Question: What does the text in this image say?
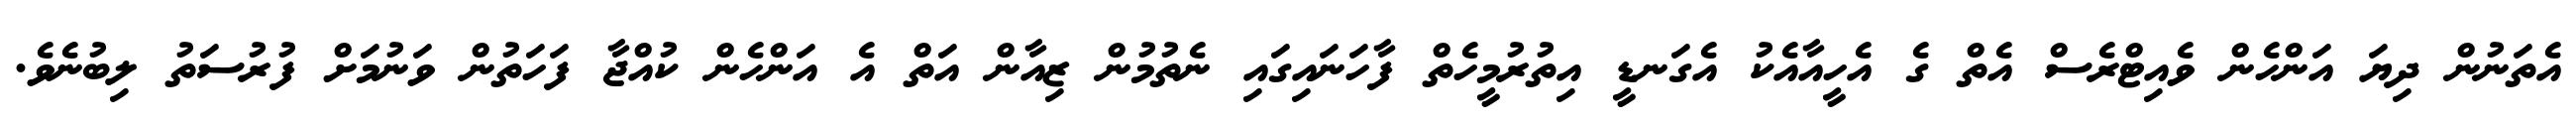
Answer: އެތަނުން ދިޔަ އަންހެން ވެއިޓްރެސް އެތް ގެ އެހީއާއެކު އެގަނޑީ އިތުރުމީހެތް ފާހަނައިގައި ނެތުމުން ޒިއާން އަތް އެ އަންހެން ކުއްޖާ ފަހަތުން ވަނުމަށް ފުރުސަތު ލިބުނެވެ.